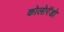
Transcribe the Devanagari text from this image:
कोलोरॅडो